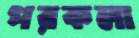
পরকলা